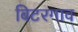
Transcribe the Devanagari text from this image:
बिटरगाव